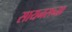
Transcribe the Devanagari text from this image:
सायनसच्या